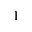
\mathbf { l }